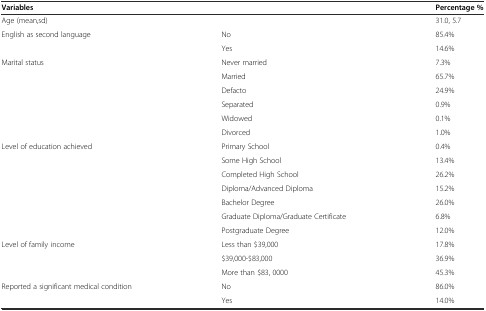
<table><thead><tr><td><b>Variables</b></td><td>[EMPTY_CELL]</td><td><b>Percentage %</b></td></tr></thead><tbody><tr><td>Age (mean,sd)</td><td>[EMPTY_CELL]</td><td>31.0, 5.7</td></tr><tr><td rowspan="2">English as second language</td><td>No</td><td>85.4%</td></tr><tr><td>Yes</td><td>14.6%</td></tr><tr><td rowspan="6">Marital status</td><td>Never married</td><td>7.3%</td></tr><tr><td>Married</td><td>65.7%</td></tr><tr><td>Defacto</td><td>24.9%</td></tr><tr><td>Separated</td><td>0.9%</td></tr><tr><td>Widowed</td><td>0.1%</td></tr><tr><td>Divorced</td><td>1.0%</td></tr><tr><td rowspan="7">Level of education achieved</td><td>Primary School</td><td>0.4%</td></tr><tr><td>Some High School</td><td>13.4%</td></tr><tr><td>Completed High School</td><td>26.2%</td></tr><tr><td>Diploma/Advanced Diploma</td><td>15.2%</td></tr><tr><td>Bachelor Degree</td><td>26.0%</td></tr><tr><td>Graduate Diploma/Graduate Certificate</td><td>6.8%</td></tr><tr><td>Postgraduate Degree</td><td>12.0%</td></tr><tr><td rowspan="3">Level of family income</td><td>Less than $39,000</td><td>17.8%</td></tr><tr><td>$39,000-$83,000</td><td>36.9%</td></tr><tr><td>More than $83, 0000</td><td>45.3%</td></tr><tr><td rowspan="2">Reported a significant medical condition</td><td>No</td><td>86.0%</td></tr><tr><td>Yes</td><td>14.0%</td></tr></tbody></table>